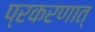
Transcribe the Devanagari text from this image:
प्रकरणात्‌